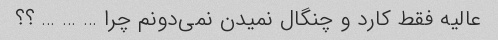
عالیه فقط کارد و چنگال نمیدن نمی‌دونم چرا … … … ؟؟